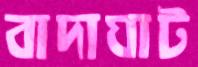
বাদাঘাট